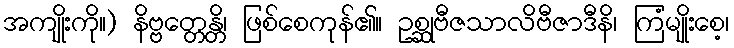
အကျိုးကို။) နိဗ္ဗတ္တေန္တိ၊ ဖြစ်စေကုန်၏။ ဥစ္ဆုဗီဇသာလိဗီဇာဒီနိ၊ ကြံမျိုးစေ့၊